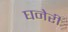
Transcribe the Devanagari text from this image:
घनेरी